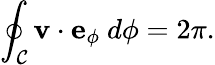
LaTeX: \oint_{\mathcal{C}}\mathbf{{v}}\cdot\mathbf{{e}}_{\phi}~d{\phi}=2\pi.